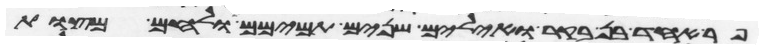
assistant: פר אחד בן בקר ואילים שנים תמימם ולחם מצות